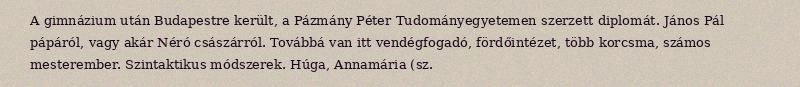
A gimnázium után Budapestre került, a Pázmány Péter Tudományegyetemen szerzett diplomát. János Pál pápáról, vagy akár Néró császárról. Továbbá van itt vendégfogadó, fördőintézet, több korcsma, számos mesterember. Szintaktikus módszerek. Húga, Annamária (sz.